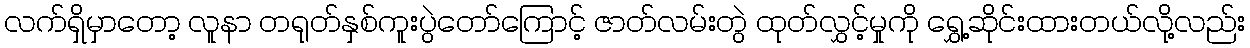
လက်ရှိမှာတော့ လူနာ တရုတ်နှစ်ကူးပွဲတော်ကြောင့် ဇာတ်လမ်းတွဲ ထုတ်လွှင့်မှုကို ရွှေ့ဆိုင်းထားတယ်လို့လည်း